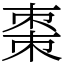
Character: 棗